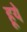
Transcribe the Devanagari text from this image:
हूये